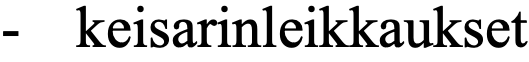
-  keisarinleikkaukset